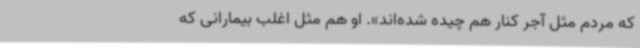
که مردم مثل آجر کنار هم چیده شده‌اند». او هم مثل اغلب بیمارانی که